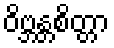
ဝိဗ္ဘန္တစိတ္တာ